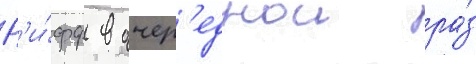
Р'и́фф в очер'еднои ра́з